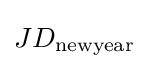
JD_{\mathrm {newyear} }